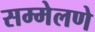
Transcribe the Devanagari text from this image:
सम्मेलणे